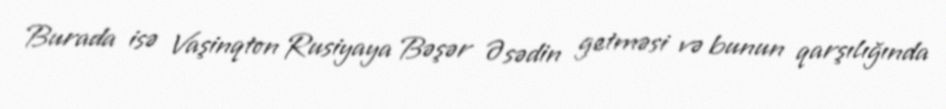
Burada isə Vaşinqton Rusiyaya Bəşər Əsədin getməsi və bunun qarşılığında